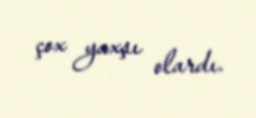
çox yaxşı olardı.